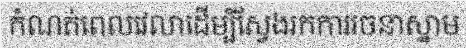
កំណត់ពេលវេលាដើម្បីស្វែងរកការរចនាស្នាម